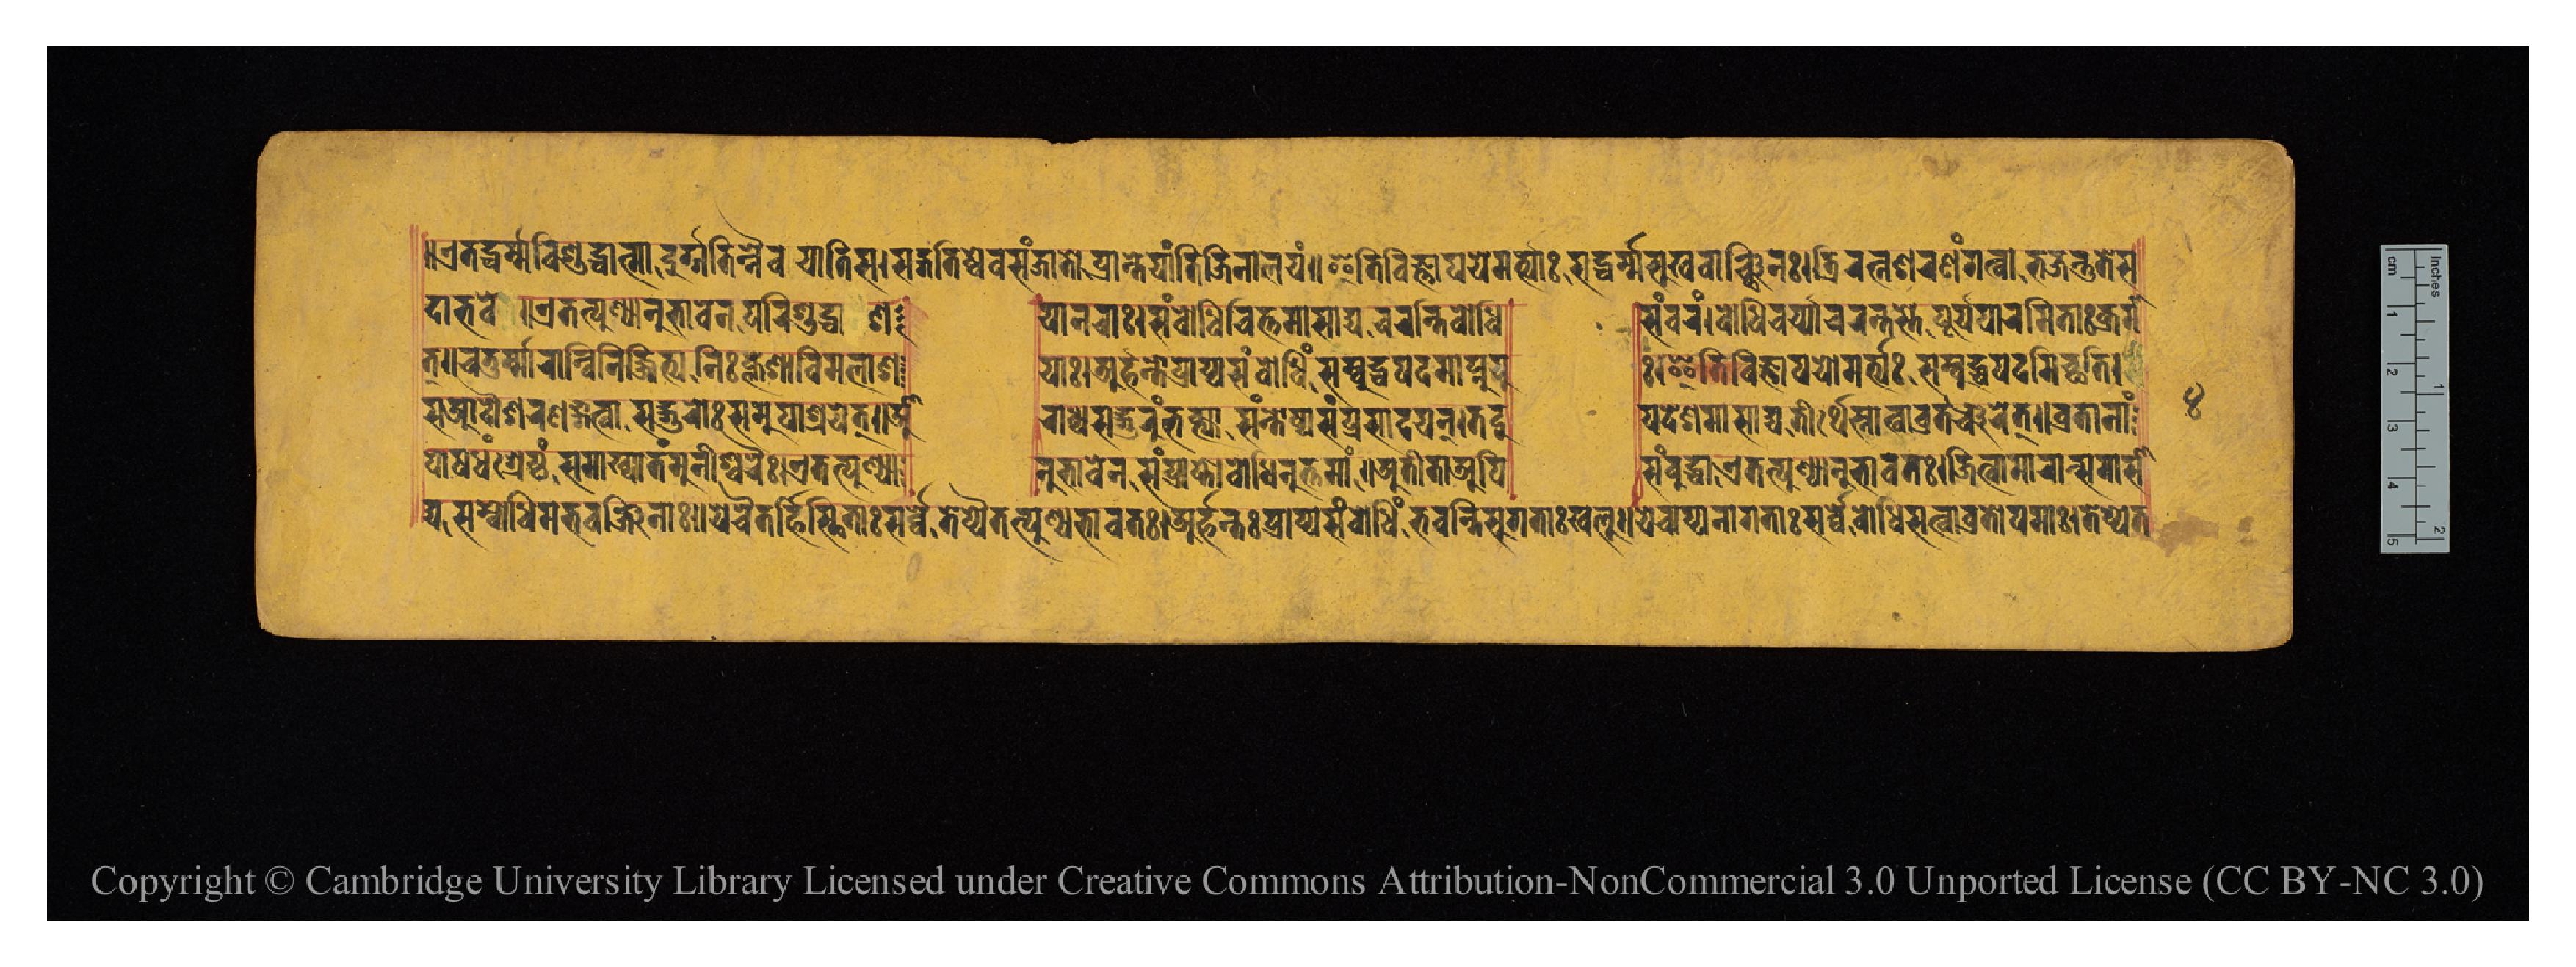
𑑌𑐊𑐟𑐡𑑂𑐢𑐬𑑂𑐩𑑂𑐩𑐰𑐶𑐱𑐸𑐡𑑂𑐢𑐵𑐟𑑂𑐩𑐵𑐡𑐸𑐬𑑂𑐐𑐟𑐶𑑄𑐣𑐿𑐰𑐫𑐵𑐟𑐶𑐳𑑋𑐳𑐡𑑂𑐐𑐟𑐶𑐲𑑂𑐰𑐾𑐰𑐳𑐘𑑂𑐖𑐵𑐟𑑀𑐥𑑂𑐬𑐵𑐌𑐣𑑂𑐟𑐾𑐫𑐵𑐟𑐶𑐖𑐶𑐣𑐵𑐮𑐫𑑄𑑌𑐂𑐟𑐶𑐰𑐶𑐖𑑂𑐘𑐵𑐫𑐫𑐾𑐩𑐬𑑂𑐟𑑂𑐫𑐵𑑅𑐳𑐡𑑂𑐢𑐬𑑂𑐩𑑂𑐩𑐳𑐸𑐏𑐰𑐵𑐘𑑂𑐕𑐶𑐣𑑅𑑋𑐟𑑂𑐬𑐶𑐬𑐟𑑂𑐣𑐱𑐬𑐞𑑄𑐐𑐟𑑂𑐰𑐵𑐨𑐖𑐣𑑂𑐟𑐸𑐟𑐾𑐳 𑐡𑐵𑐨𑐰𑐾𑑌𑐊𑐟𑐟𑑂𑐥𑐸𑐞𑑂𑐫𑐵𑐣𑐸𑐨𑐵𑐰𑐾𑐣𑐥𑐬𑐶𑐱𑐸𑐡𑑂𑐢𑐵 𑐱  𑐫𑐵𑐣𑐬𑐵𑑅𑑋𑐳𑑄𑐧𑑀𑐢𑐶𑐔𑐶𑐟𑑂𑐟𑐩𑐵𑐳𑐵𑐡𑑂𑐫𑐔𑐬𑐣𑑂𑐟𑐶𑐧𑑀𑐢𑐶  𑐳𑑄𑐰𑐬𑑄𑑋𑐧𑑀𑐢𑐶𑐔𑐬𑑂𑐫𑑂𑐫𑐵𑐘𑑂𑐔𑐬𑐣𑑂𑐟𑐳𑑂𑐟𑐾𑐥𑐹𑐬𑑂𑐫𑐥𑐵𑐬𑐩𑐶𑐟𑐵𑑅𑐎𑑂𑐬𑐩𑐵 𑐟𑑂𑑌𑐔𑐟𑐸𑐬𑑂𑐩𑑂𑐩𑐵𑐬𑐵𑐣𑑂𑐰𑐶𑐣𑐶𑐬𑑂𑐖𑐶𑐟𑑂𑐫𑐣𑐶𑑅𑐎𑑂𑐮𑐾𑐱𑐵𑐰𑐶𑐩𑐮𑐵𑐱  𑐫𑐵𑑅𑑋𑐀𑐬𑑂𑐴𑐣𑑂𑐟𑑄𑐥𑑂𑐬𑐵𑐥𑑂𑐫𑐳𑑄𑐧𑑀𑐢𑐶𑑄𑐳𑑄𑐧𑐸𑐡𑑂𑐢𑐥𑐡𑐩𑐵𑐥𑑂𑐣𑐸𑐫𑐸  𑑅𑑋𑐂𑐟𑐶𑐰𑐶𑐖𑑂𑐘𑐵𑐫𑐫𑑀𑐩𑐬𑑂𑐟𑑂𑐫𑑅𑐳𑑄𑐧𑐸𑐡𑑂𑐢𑐥𑐡𑐩𑐶𑐔𑑂𑐕𑐟𑐶𑑋 𑐳𑐁𑐡𑑁𑐱𑐬𑐞𑑄𑐐𑐟𑑂𑐰𑐵𑐳𑐡𑑂𑐐𑐸𑐬𑑀𑑅𑐳𑐩𑐸𑐥𑐵𑐱𑑂𑐬𑐫𑐾𑐟𑑂𑑌𑐁  𑐬𑐵𑐢𑑂𑐫𑐳𑐡𑑂𑐐𑐸𑐬𑐸𑑄𑐨𑐎𑑂𑐟𑑂𑐫𑐵𑐳𑑄𑐣𑑂𑐟𑑀𑐲𑑂𑐫𑐳𑑄𑐥𑑂𑐬𑐳𑐵𑐡𑐫𑐣𑑂𑑋𑐟𑐡𑐸  𑐥𑐡𑐾𑐱𑐩𑐵𑐳𑐵𑐡𑑂𑐫𑐟𑐷𑐬𑑂𑐠𑐳𑑂𑐣𑐵𑐟𑑂𑐰𑐵𑐰𑑂𑐬𑐟𑐘𑑂𑐔𑐬𑐾𑐟𑑂𑑌𑐰𑑂𑐬𑐟𑐵𑐣𑐵𑑄 𑐥𑑀𑐲𑐢𑑄𑐱𑑂𑐬𑐾𑐲𑑂𑐛𑑄𑐳𑐩𑐵𑐏𑑂𑐫𑐵𑐟𑑄𑐩𑐸𑐣𑐷𑐱𑑂𑐰𑐬𑐿𑑅𑑋𑐊𑐟𑐟𑑂𑐥𑐸𑐞𑑂𑐫𑐵  𑐣𑐸𑐨𑐵𑐰𑐾𑐣𑐳𑑄𑐥𑑂𑐬𑐵𑐥𑑂𑐣𑑀𑐟𑐶𑐧𑑀𑐢𑐶𑐩𑐸𑐟𑑂𑐟𑐩𑐵𑑄𑑌𑐀𑐟𑐷𑐟𑐵𑐀𑐥𑐶  𑐳𑑄𑐧𑐸𑐡𑑂𑐢𑐵𑐊𑐟𑐟𑑂𑐥𑐸𑐞𑑂𑐫𑐵𑐣𑐸𑐨𑐵𑐰𑐟𑑅𑑋𑐖𑐶𑐟𑑂𑐰𑐵𑐩𑐵𑐬𑐵𑐣𑑂𑐳𑐩𑐵𑐳𑐵 𑐡𑑂𑐫𑐳𑐩𑑂𑐧𑑀𑐢𑐶𑐩𑐨𑐰𑐘𑑂𑐖𑐶𑐣𑐵𑑅𑑌𑐫𑐾𑐔𑐿𑐟𑐬𑑂𑐴𑐶𑐳𑑂𑐠𑐶𑐟𑐵𑑅𑐳𑐬𑑂𑐰𑑂𑐰𑐾𑐟𑐾𑐥𑑂𑐫𑐾𑐟𑐟𑑂𑐥𑐸𑐞𑑂𑐫𑐨𑐵𑐰𑐟𑑅𑑋𑐀𑐬𑑂𑐴𑐣𑑂𑐟𑑅𑐥𑑂𑐬𑐵𑐥𑑂𑐫𑐳𑑄𑐧𑑀𑐢𑐶𑑄𑐨𑐰𑐣𑑂𑐟𑐶𑐳𑐸𑐐𑐟𑐵𑑅𑐏𑐮𑐸𑑌𑐫𑐾𑐔𑐵𑐥𑑂𑐫𑐣𑐵𑐐𑐟𑐵𑑅𑐳𑐬𑑂𑐰𑑂𑐰𑐾𑐧𑑀𑐢𑐶𑐳𑐟𑑂𑐰𑐵𑐰𑑂𑐬𑐟𑑀𑐥𑐩𑐵𑑅𑑋𑐟𑐾𑐥𑑂𑐫𑐾𑐟 𑑔